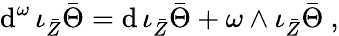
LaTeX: \mathrm{d}^{\omega}\, \iota_{\bar{Z}}\bar{\Theta}=\mathrm{d}\, \iota_{\bar{Z}}\bar{\Theta}+\omega\wedge\iota_{\bar{Z}}\bar{\Theta}\ ,